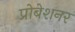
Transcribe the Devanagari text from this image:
प्रोबेशनर